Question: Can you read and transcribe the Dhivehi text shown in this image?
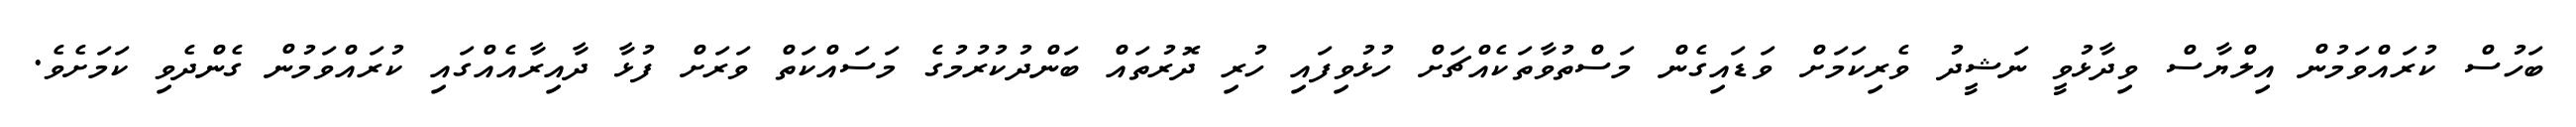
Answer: ބަހުސް ކުރައްވަމުން އިލްޔާސް ވިދާޅުވީ ނަޝީދު ވެރިކަމަށް ވަޑައިގެން މަސްތުވާތަކެއްޗަށް ހުޅުވިފައި ހުރި ދޮރުތައް ބަންދުކުރުމުގެ މަސައްކަތް ވަރަށް ފުޅާ ދާއިރާއެއްގައި ކުރައްވަމުން ގެންދެވި ކަމަށެވެ.